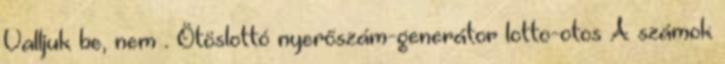
Valljuk be, nem . Ötöslottó nyerőszám-generátor lotto-otos A számok